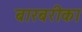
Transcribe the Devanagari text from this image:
बारबरीका